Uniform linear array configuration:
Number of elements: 12
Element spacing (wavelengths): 0.25
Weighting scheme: cosine
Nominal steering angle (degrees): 45
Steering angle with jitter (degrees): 45.898
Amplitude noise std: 0.05
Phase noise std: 0.05

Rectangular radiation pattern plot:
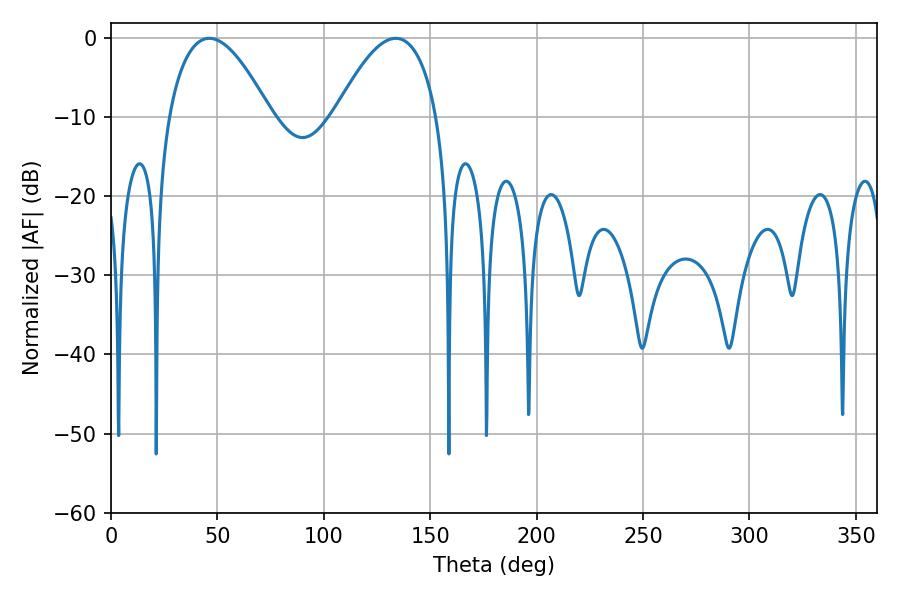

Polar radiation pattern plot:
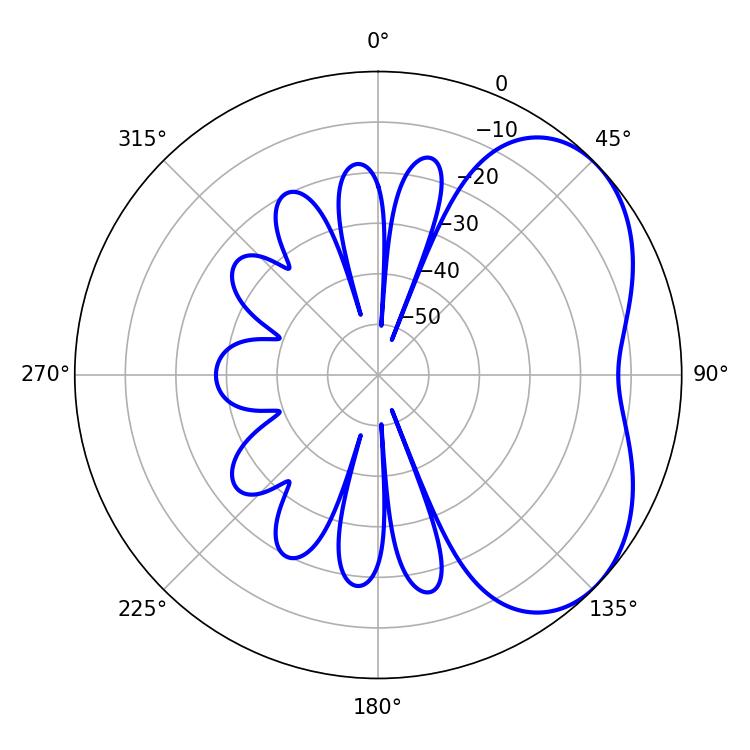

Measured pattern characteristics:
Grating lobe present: FALSE
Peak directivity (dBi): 4.245
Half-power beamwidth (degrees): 26.46
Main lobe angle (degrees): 46.26